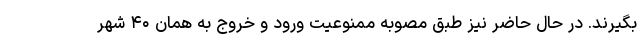
بگیرند. در حال حاضر نیز طبق مصوبه ممنوعیت ورود و خروج به همان ۴۰ شهر